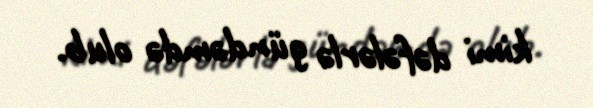
kimi dəfələrlə gündəmdə olub.